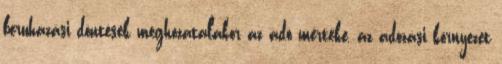
beruházási döntések meghozatalakor az adó mértéke, az adózási környezet